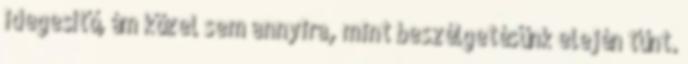
idegesítő, ám közel sem annyira, mint beszélgetésünk elején tűnt.